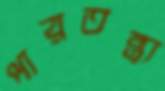
পারতন্ত্র্য